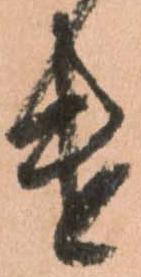
遣